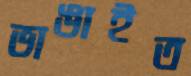
ভাঙাইত